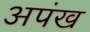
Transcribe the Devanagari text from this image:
अपंख